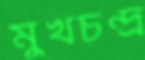
মুখচন্দ্র